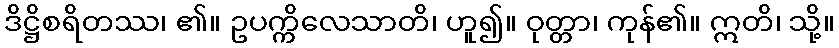
ဒိဋ္ဌိစရိတဿ၊ ၏။ ဥပက္ကိလေသာတိ၊ ဟူ၍။ ဝုတ္တာ၊ ကုန်၏။ ဣတိ၊ သို့။